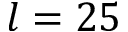
l = 2 5